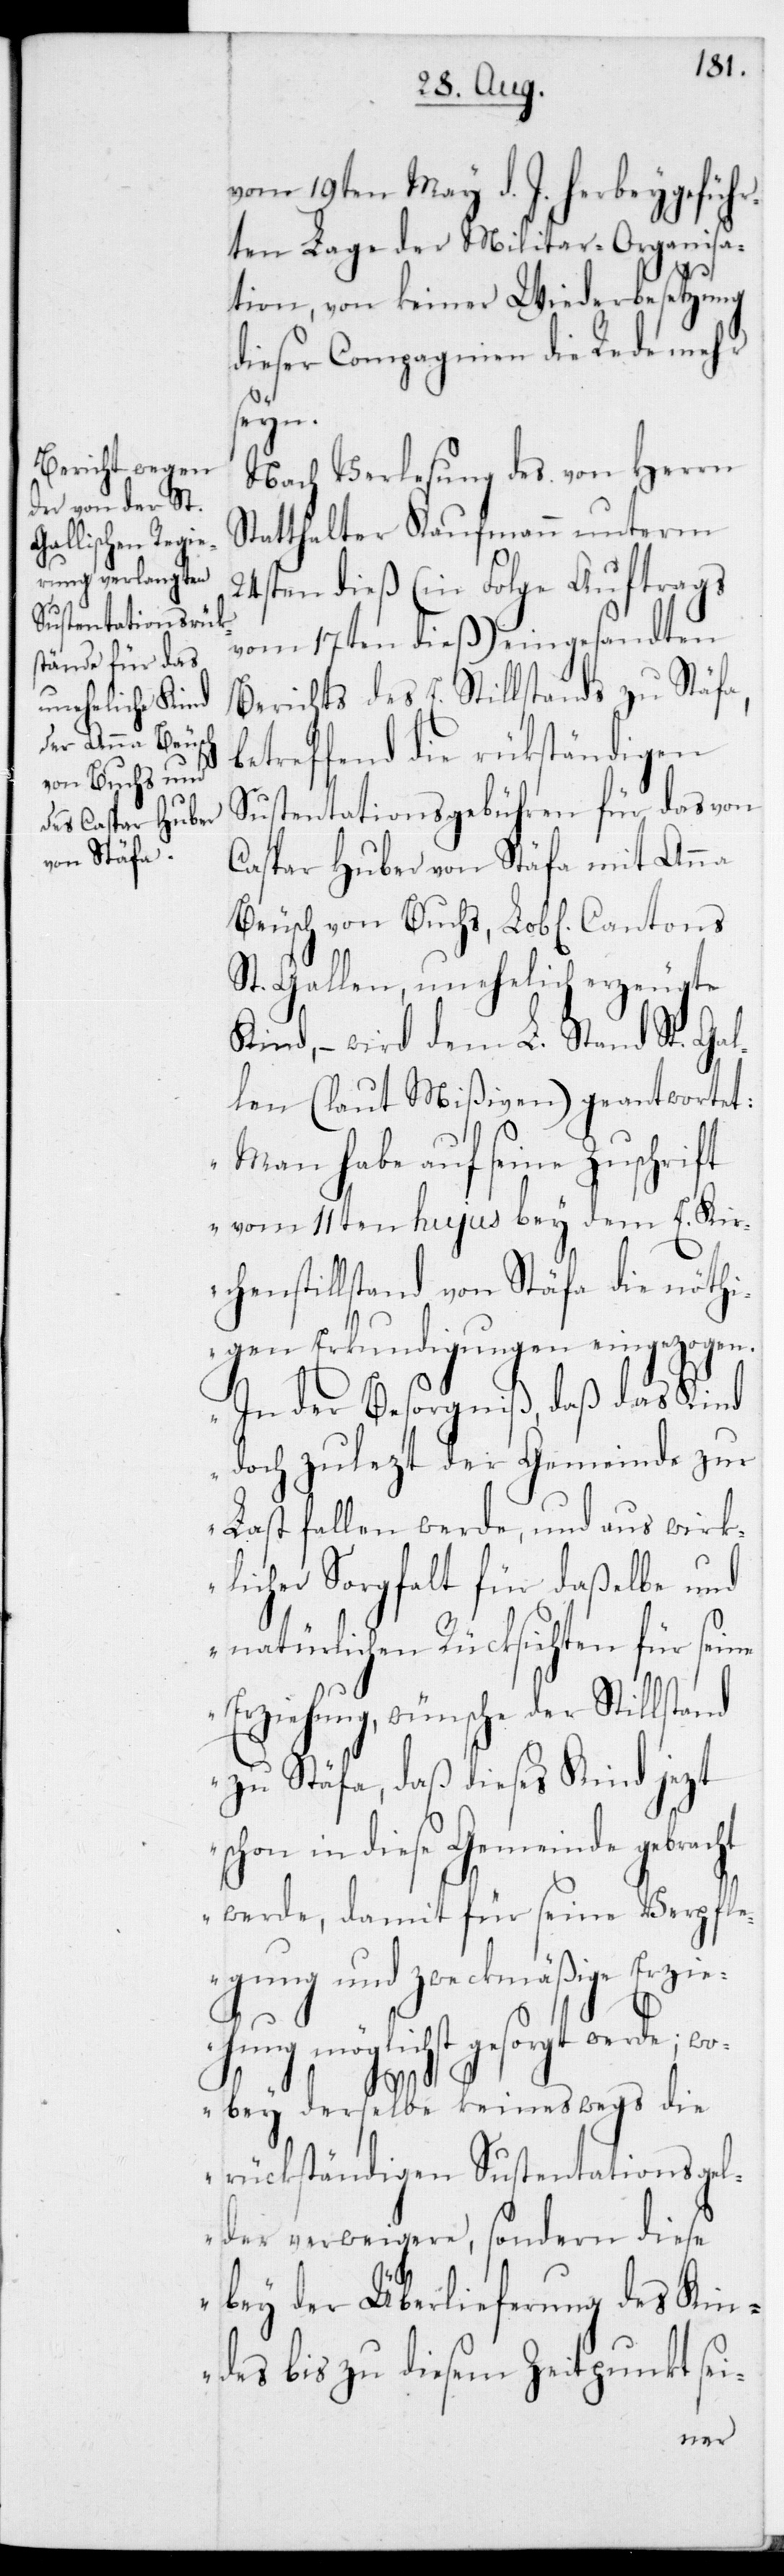
von Buchs,

vom 19ten May d. J. herbeigeführ¬
ten Lage der Militar-Organisa¬
tion, von keiner Wiederbesetzung
dieser Compagnien die Rede mehr
seyn.
Nach Verlesung des von Herrn
Statthalter Kaufmann unterm
24sten dieß (in Folge Auftrags
vom 17ten dies) eingesandten
Berichts des E. Stillstands zu Stäfa,
betreffend die rückständigen
Sustentationsgebühren für das von
Caspar Huber von Stäfa mit Anna
St. Gallen, unehelich erzeugte
Kind, – wird dem L. Stand St. Gal¬
len (laut Mißiven) geantwortet:
„Man habe auf seine Zuschrift
vom 11ten hujus bey dem E. Kir¬
chenstillstand von Stäfa die nöthi¬
gen Erkundigungen eingezogen.
In der Besorgniß, daß das Kind
doch zulezt der Gemeinde zur
Last fallen werde, und aus wirk¬
licher Sorgfalt für daßelbe und
natürlichen Rücksichten für sei¬
Erziehung, wünsche der Stillstand
zu Stäfa, daß dieses Kind jezt
chon in diese Gemeinde gebracht
werde, damit für seine Verpfle¬
gung und zweckmäßige Erzie¬
hung möglichst gesorgt werde; wo¬
s¬
bey derselbe keineswegs die
rückständigen Sustentationsgel¬
der verweigere, sondern diese
bey der Überlieferung des Kin¬
des bis zu diesem Zeitpunkt sei-
ne